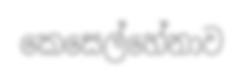
කෙසෙල්හේනාව